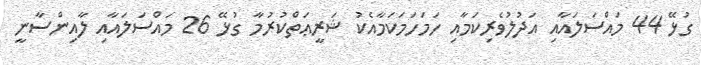
ގުޅޭ 44 މައްސަލައާއި އަދުލުވެރިކަމާއި ހަމަހަމަކަމާއެކު ޝަރީޢަތްކުރުމާ ގުޅޭ 26 މައްސަލައާއި ލާއިންސާނީ